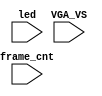
`timescale 1ns/1ps

module mist_dump(
    input           VGA_VS,
    input           led,
    input   [31:0]  frame_cnt
);

`ifdef DUMP
`ifndef NCVERILOG // iVerilog:
    initial begin
        // #(200*100*1000*1000);
        $display("DUMP enabled");
        $dumpfile("test.lxt");
    end
    `ifdef LOADROM
    always @(negedge led) if( $time > 20000 ) begin // led = downloading signal
        $display("DUMP starts");
        $dumpvars(0,mist_test);
        $dumpon;
    end
    `else
        `ifdef DUMP_START
        always @(negedge VGA_VS) if( frame_cnt==`DUMP_START ) begin
        `else
            initial begin
        `endif
            $display("DUMP starts");
            `ifdef DEEPDUMP
                $dumpvars(0,mist_test);
            `else
                //$dumpvars(1,mist_test.UUT.u_game.u_main);
                //$dumpvars(1,mist_test.UUT.u_game.u_sdram);
                //$dumpvars(1,mist_test.UUT.u_game.u_sdram.u_dwnld);
                //$dumpvars(1,mist_test.UUT.u_game.u_sound);
                $dumpvars(1,mist_test.UUT.u_game);
                $dumpvars(1,mist_test.UUT.u_game.u_video);
                $dumpvars(1,mist_test.frame_cnt);
            `endif
            $dumpon;
        end
    `endif
`else // NCVERILOG
    `ifdef DUMP_START
    always @(negedge VGA_VS) if( frame_cnt==`DUMP_START ) begin
    `else
    initial begin
    `endif
        $shm_open("test.shm");
        `ifdef DEEPDUMP
            $display("NC Verilog: will dump all signals");
            $shm_probe(mist_test,"AS");
        `else
            $display("NC Verilog: will dump selected signals");
            $shm_probe(frame_cnt);
            $shm_probe(UUT.u_game,"A");
            $shm_probe(UUT.u_game.u_main,"A");
            $shm_probe(UUT.u_game.u_main.u_ti1,"AS");
            $shm_probe(UUT.u_game.u_video,"A");
            $shm_probe(UUT.u_game.u_video.u_scroll,"A");
            $shm_probe(UUT.u_game.u_video.u_colmix,"A");
        `endif
    end
`endif
`endif

endmodule // mist_dump